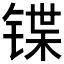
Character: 𰾕